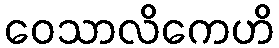
ဝေသာလိကေဟိ